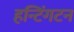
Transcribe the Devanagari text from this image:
हन्टिंगटन